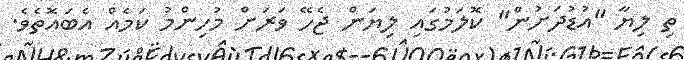
ތި ލިޔާ "އުޑުދަށުން" ކޮލަމުގައި ލިޔަން ޖެހޭ ވަރަށް މުހިންމު ކަމެއް އެބައޮތެވެ.